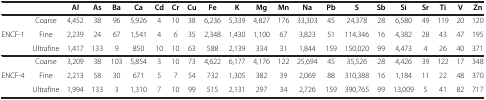
|  |  | Al | As | Ba | Ca | Cd | Cr | Cu | Fe | K | Mg | Mn | Na | Pb | S | Sb | Si | Sr | Ti | V | Zn |
 | --- | --- | --- | --- | --- | --- | --- | --- | --- | --- | --- | --- | --- | --- | --- | --- | --- | --- | --- | --- | --- | --- |
 | <ROWSPAN=2> ENCF-1 | Coarse | 4,452 | 38 | 96 | 5,926 | 4 | 10 | 38 | 6,236 | 5,339 | 4,827 | 176 | 33,303 | 45 | 24,378 | 28 | 6,580 | 49 | 119 | 20 | 120 |
 | Fine | 2,239 | 24 | 67 | 1,541 | 4 | 6 | 35 | 2,348 | 1,430 | 1,100 | 67 | 3,823 | 51 | 114,346 | 16 | 4,382 | 28 | 43 | 47 | 195 |
 |  | Ultrafine | 1,417 | 133 | 9 | 850 | 10 | 10 | 63 | 588 | 2,139 | 334 | 31 | 1,844 | 159 | 150,020 | 99 | 4,473 | 4 | 26 | 40 | 371 |
 | <ROWSPAN=2> ENCF-4 | Coarse | 3,209 | 38 | 103 | 5,854 | 3 | 10 | 73 | 4,622 | 6,177 | 4,176 | 122 | 25,694 | 45 | 35,526 | 28 | 4,426 | 39 | 122 | 17 | 348 |
 | Fine | 2,213 | 58 | 30 | 671 | 5 | 7 | 54 | 732 | 1,305 | 382 | 39 | 2,069 | 88 | 310,388 | 16 | 1,184 | 11 | 22 | 48 | 370 |
 |  | Ultrafine | 1,994 | 133 | 3 | 1,310 | 7 | 10 | 99 | 515 | 2,131 | 297 | 34 | 2,726 | 159 | 390,765 | 99 | 13,009 | 5 | 41 | 82 | 717 |